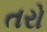
તરો